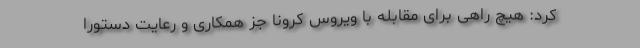
کرد: هیچ راهی برای مقابله با ویروس کرونا جز همکاری و رعایت دستورا